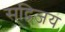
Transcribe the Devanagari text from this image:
सद्विजय